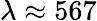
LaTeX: \lambda\approx 567